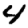
Digit: 4